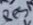
Text: Res1